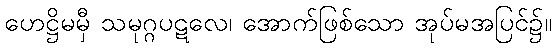
ဟေဋ္ဌိမမှီ သမုဂ္ဂပဋလေ၊ အောက်ဖြစ်သော အုပ်မအပြင်၌။